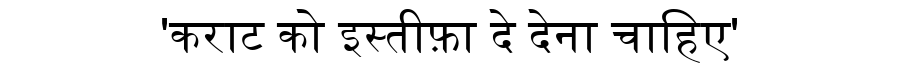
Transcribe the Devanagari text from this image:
'कराट को इस्तीफ़ा दे देना चाहिए'